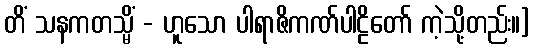
တိံ သနကတသ္မိံ - ဟူသော ပါရာဇိကဏ်ပါဠိတော် ကဲ့သို့တည်း။]